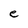
Character: e